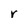
Character: r